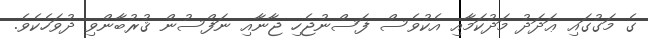
ގެ މަގުގައި ޢަދަދު މަދުކަމާއި އެކުވެސް ފަސްނުޖެހި ޖާނާއި ނަފްސުން ޤުރުބާންވި ދުވަހެކެވެ.